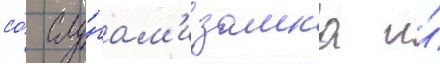
со́ слу́гам'и замка и́